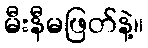
မီးနီမဖြတ်နဲ့။